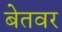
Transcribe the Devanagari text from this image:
बेतवर